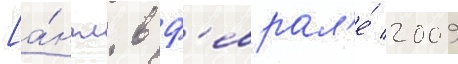
[а́нгл. в ф'еврал'е́ 2009